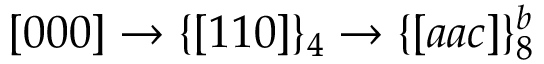
[ 0 0 0 ] \rightarrow \{ [ 1 1 0 ] \} _ { 4 } \rightarrow \{ [ a a c ] \} _ { 8 } ^ { b }